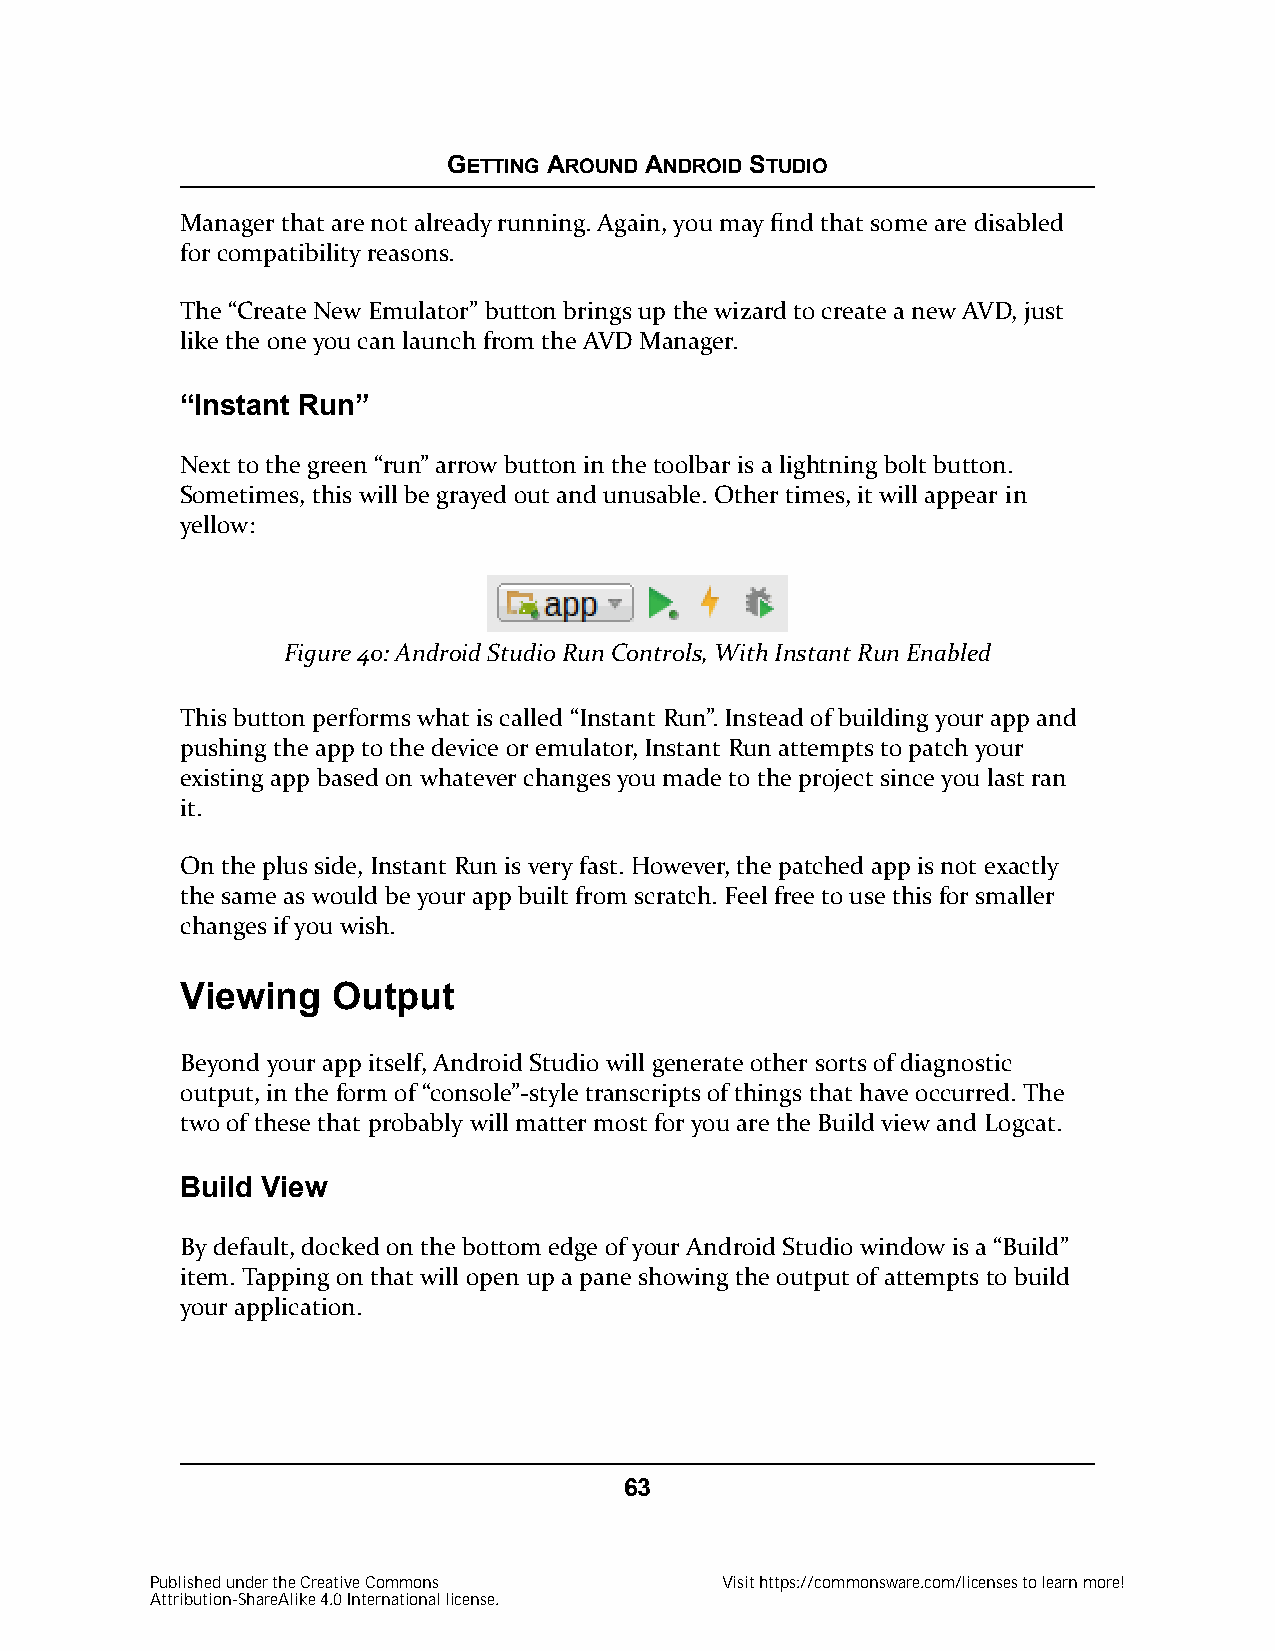
GETTING AROUND ANDROID STUDIO
 Manager that are not already running. Again, you may find that some are disabled
 for compatibility reasons.
 The “Create New Emulator” button brings up the wizard to create a new AVD, just
 like the one you can launch from the AVD Manager.
 “Instant Run”
 Next to the green “run” arrow button in the toolbar is a lightning bolt button.
 Sometimes, this will be grayed out and unusable. Other times, it will appear in
 yellow:
 Figure 40: Android Studio Run Controls, With Instant Run Enabled
 This button performs what is called “Instant Run”. Instead of building your app and
 pushing the app to the device or emulator, Instant Run attempts to patch your
 existing app based on whatever changes you made to the project since you last ran
 it.
 On the plus side, Instant Run is very fast. However, the patched app is not exactly
 the same as would be your app built from scratch. Feel free to use this for smaller
 changes if you wish.
 Viewing   Output
 Beyond your app itself, Android Studio will generate other sorts of diagnostic
 output, in the form of “console”-style transcripts of things that have occurred. The
 two of these that probably will matter most for you are the Build view and Logcat.
 Build View
 By default, docked on the bottom edge of your Android Studio window is a “Build”
 item. Tapping on that will open up a pane showing the output of attempts to build
 your application.
 63
 Published under the Creative Commons  Visit https://commonsware.com/licenses to learn more!
 Attribution-ShareAlike 4.0 International license.